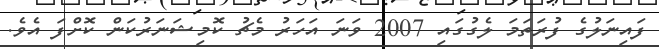
ފައިނަލުގެ ފުރަތަމަ ލެގުގައި 2007 ވަނަ އަހަރު މެޗު ކޮމިޝަނަރުކަން ކޮށްފަ އެވެ.